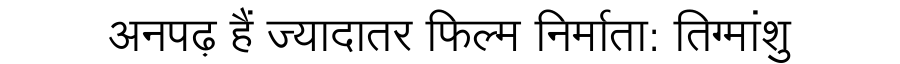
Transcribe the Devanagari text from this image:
अनपढ़ हैं ज्यादातर फिल्म निर्माता: तिग्मांशु